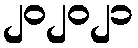
၂၀၂၀၂၁